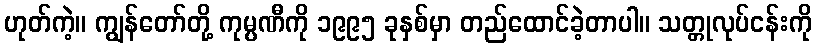
ဟုတ်ကဲ့။ ကျွန်တော်တို့ ကုမ္ပဏီကို ၁၉၉၅ ခုနှစ်မှာ တည်ထောင်ခဲ့တာပါ။ သတ္တုလုပ်ငန်းကို